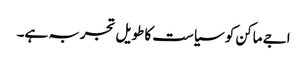
اجے ماکن کو سیاست کا طویل تجربہ ہے۔